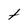
Character: t